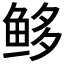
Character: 𩽿